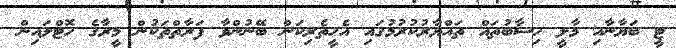
ޓީ ބަޔާނާއި މާލީ ހިސާބުތައް ތައްޔާރުކުރުމުގައި އެހީތެރިކަން ބޭނުންވާ ފަރާތްތަކުން މީރާގެ ހޮޓްލައިން